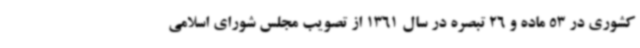
کشوری در 53 ماده و 26 تبصره در سال 1361 از تصویب مجلس شورای اسلامی